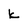
Character: k